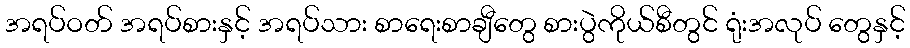
အရပ်ဝတ် အရပ်စားနှင့် အရပ်သား စာရေးစာချီတွေ စားပွဲကိုယ်စီတွင် ရုံးအလုပ် တွေနှင့်